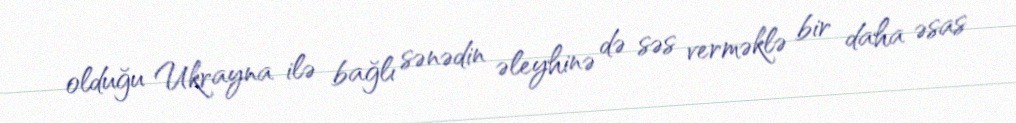
olduğu Ukrayna ilə bağlı sənədin əleyhinə də səs verməklə bir daha əsas